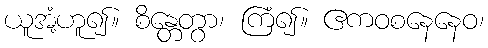
ယူအံ့ဟူ၍။ စိန္တေတွာ၊ ကြံ၍။ ဧကဝစနေနေဝ၊